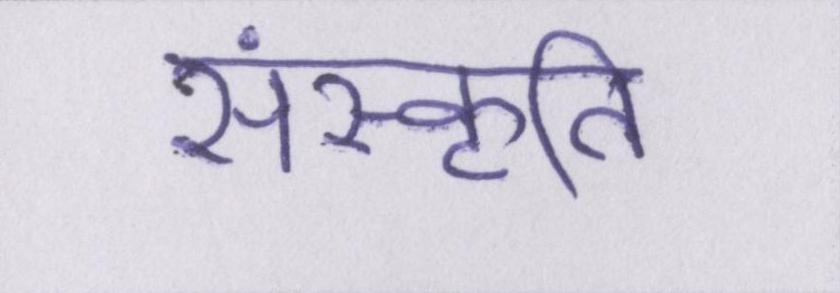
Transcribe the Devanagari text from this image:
संस्कॄति